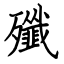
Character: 殲